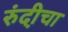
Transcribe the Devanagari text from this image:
रुंदी़चा